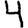
Digit: 4